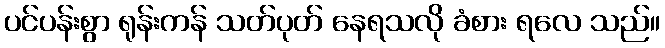
ပင်ပန်းစွာ ရုန်းကန် သတ်ပုတ် နေရသလို ခံစား ရလေ သည်။